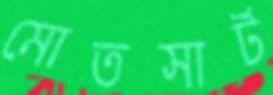
মোতসার্ট